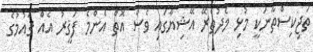
ތަޖިކިސްތާނަކީ މުޅި މެދުތެރޭ އޭޝިޔާގައި ވެސް އޮތް އެންމެ ފަޤީރު އެއް ޤައުމުގެ